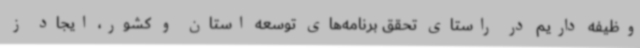
وظیفه داریم در راستای تحقق برنامه‌های توسعه استان و کشور، ایجاد ز